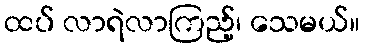
ထပ် လာရဲလာကြည့်၊ သေမယ်။